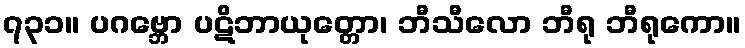
၇၃၁။ ပဂဗ္ဘော ပဋိဘာယုတ္တော၊ ဘီသီလော ဘီရု ဘီရုကော။